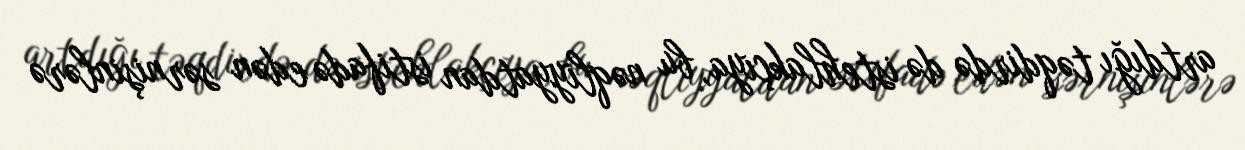
artdığı təqdirdə də istehlakçıya, bu nəqliyyatdan istifadə edən sərnişinlərə